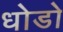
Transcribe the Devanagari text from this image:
धोडो